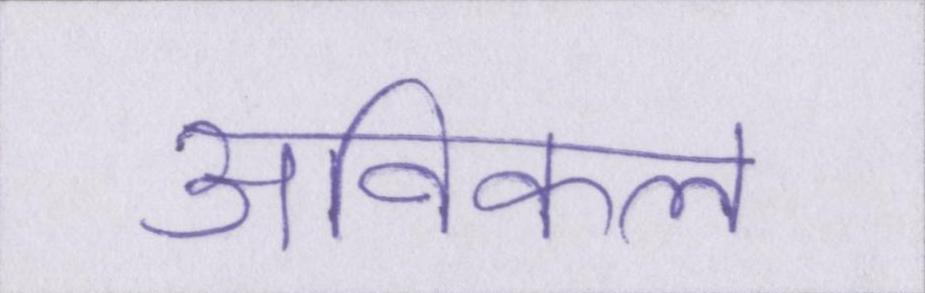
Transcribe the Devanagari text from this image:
अविकल